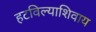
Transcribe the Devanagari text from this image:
हटविल्याशिवाय